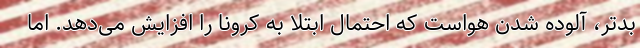
بدتر، آلوده شدن هواست که احتمال ابتلا به کرونا را افزایش می‌دهد. اما